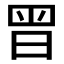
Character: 𭥴